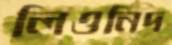
লিওনিদ